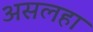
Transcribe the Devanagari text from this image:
असलहा